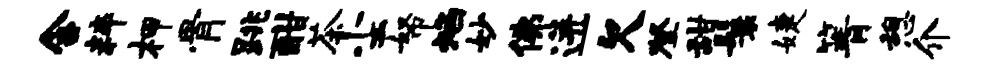
含粹柙骨跳酣茶尘帑焰妙佛迸欠登甜鬟婕箐憩介